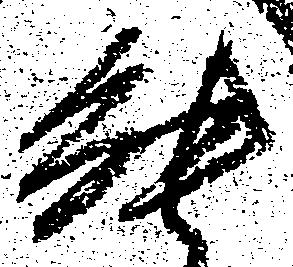
能